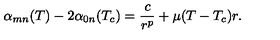
\alpha _ { m n } ( T ) - 2 \alpha _ { 0 n } ( T _ { c } ) = \frac { c } { r ^ { p } } + \mu ( T - T _ { c } ) r .